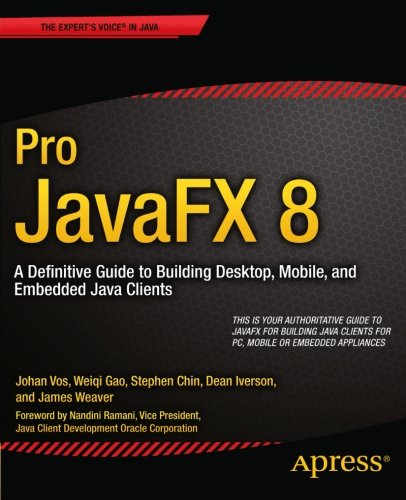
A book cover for Pro JavaFX 8: A Definitive Guide to Building Desktop, Mobile, and Embedded Java Clients; Johan Vos; Computers & Technology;